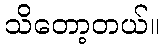
သိတော့တယ်။